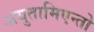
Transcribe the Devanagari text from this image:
अयुतामिएन्तो